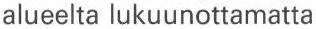
alueelta lukuunottamatta